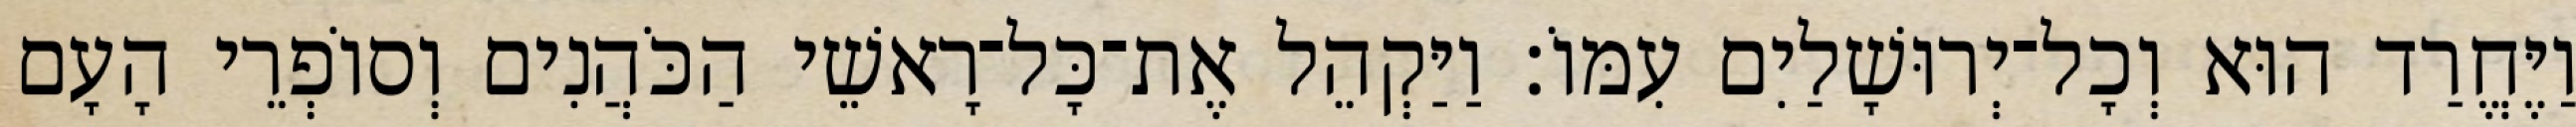
וַיֶּחֱרַד הוּא וְכָל־יְרוּשָׁלַיִם עִמּוֹ׃ וַיַּקְהֵל אֶת־כָּל־רָאשֵׁי הַכֹּהֲנִים וְסוֹפְרֵי הָעָם